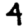
Digit: 4